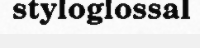
styloglossal